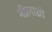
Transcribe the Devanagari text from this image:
नीलाध्रो